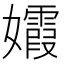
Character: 𡤕